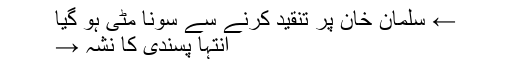
← سلمان خان پر تنقید کرنے سے سونا مٹی ہو گیا
انتہا پسندی کا نشہ →